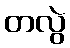
တလွဲ